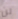
لن